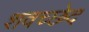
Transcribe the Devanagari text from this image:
शवच्छेद